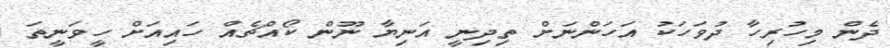
ދެން މިހުރިހާ ދުވަހަކު އަހަންނަށް ތިދިނީ އަނިޔާ ނޫން ކޯއްޗެއް ހައިއަށް ހީވަނީތަ